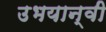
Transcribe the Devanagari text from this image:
उभयान्वी